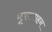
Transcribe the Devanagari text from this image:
मूषकवाहन